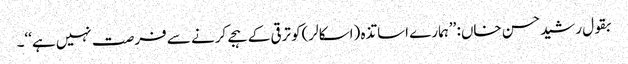
بقول رشیدحسن خاں: ’’ہمارے اساتذہ (اسکالر)کو ترقی کے ہجے کرنے سے فرصت نہیں ہے‘‘۔